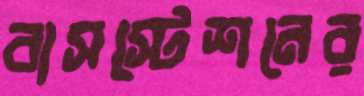
বাসস্টেশনের